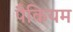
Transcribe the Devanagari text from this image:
पैकियम